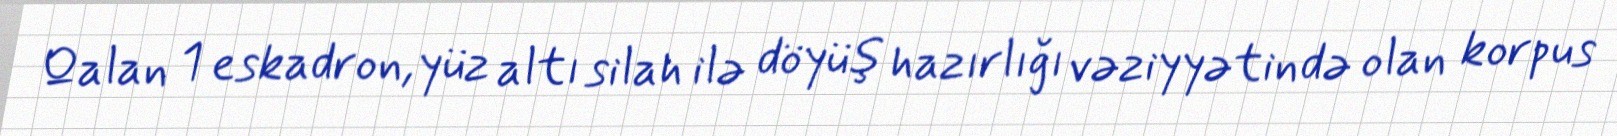
Qalan 1 eskadron, yüz altı silah ilə döyüş hazırlığı vəziyyətində olan korpus